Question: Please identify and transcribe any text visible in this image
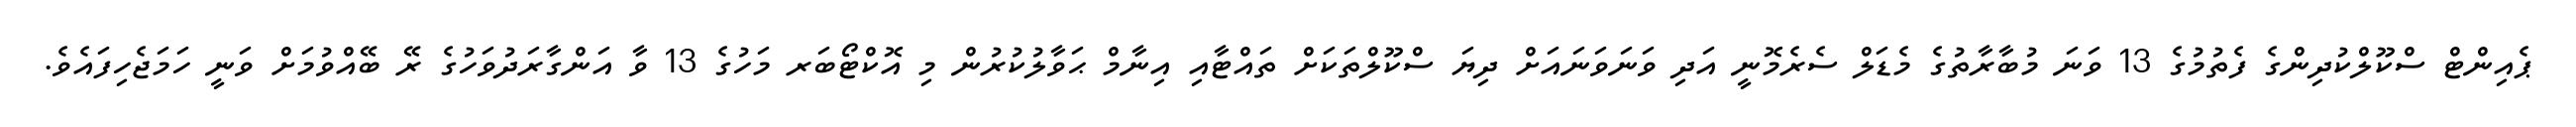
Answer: ޕެއިންޓް ސްކޫލްކުދިންގެ ފެތުމުގެ 13 ވަނަ މުބާރާތުގެ މެޑަލް ސެރެމޮނީ އަދި ވަނަވަނައަށް ދިޔަ ސްކޫލްތަކަށް ތައްޓާއި އިނާމް ޙަވާލުކުރުން މި އޮކްޓޯބަރ މަހުގެ 13 ވާ އަންގާރަދުވަހުގެ ރޭ ބޭއްވުމަށް ވަނީ ހަމަޖެހިފައެވެ.